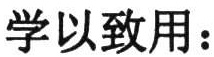
学以致用：